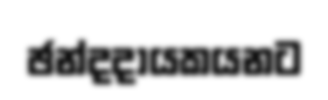
ඡන්දදායකයනට